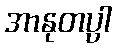
အာနုတပ္ပါ